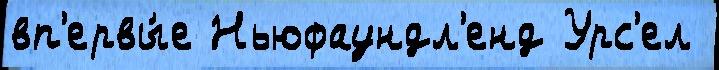
вп'ервы́е Ньюфаундл'енд Урс'ел